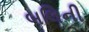
બલિની